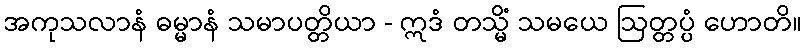
အကုသလာနံ ဓမ္မာနံ သမာပတ္တိယာ - ဣဒံ တသ္မိံ သမယေ ဩတ္တပ္ပံ ဟောတိ။